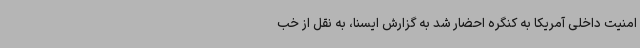
امنیت داخلی آمریکا به کنگره احضار شد به گزارش ایسنا، به نقل از خب